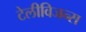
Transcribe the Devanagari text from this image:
टेलीविजन्स